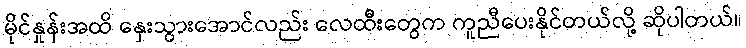
မိုင်နှုန်းအထိ နှေးသွားအောင်လည်း လေထီးတွေက ကူညီပေးနိုင်တယ်လို့ ဆိုပါတယ်။